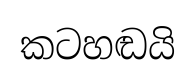
කටහඬයි